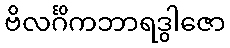
ဗိလင်္ဂိကဘာရဒွါဇော